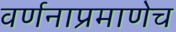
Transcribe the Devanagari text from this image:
वर्णनाप्रमाणेच